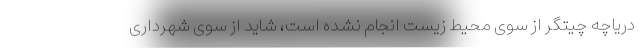
دریاچه چیتگر از سوی محیط زیست انجام نشده است، شاید از سوی شهرداری